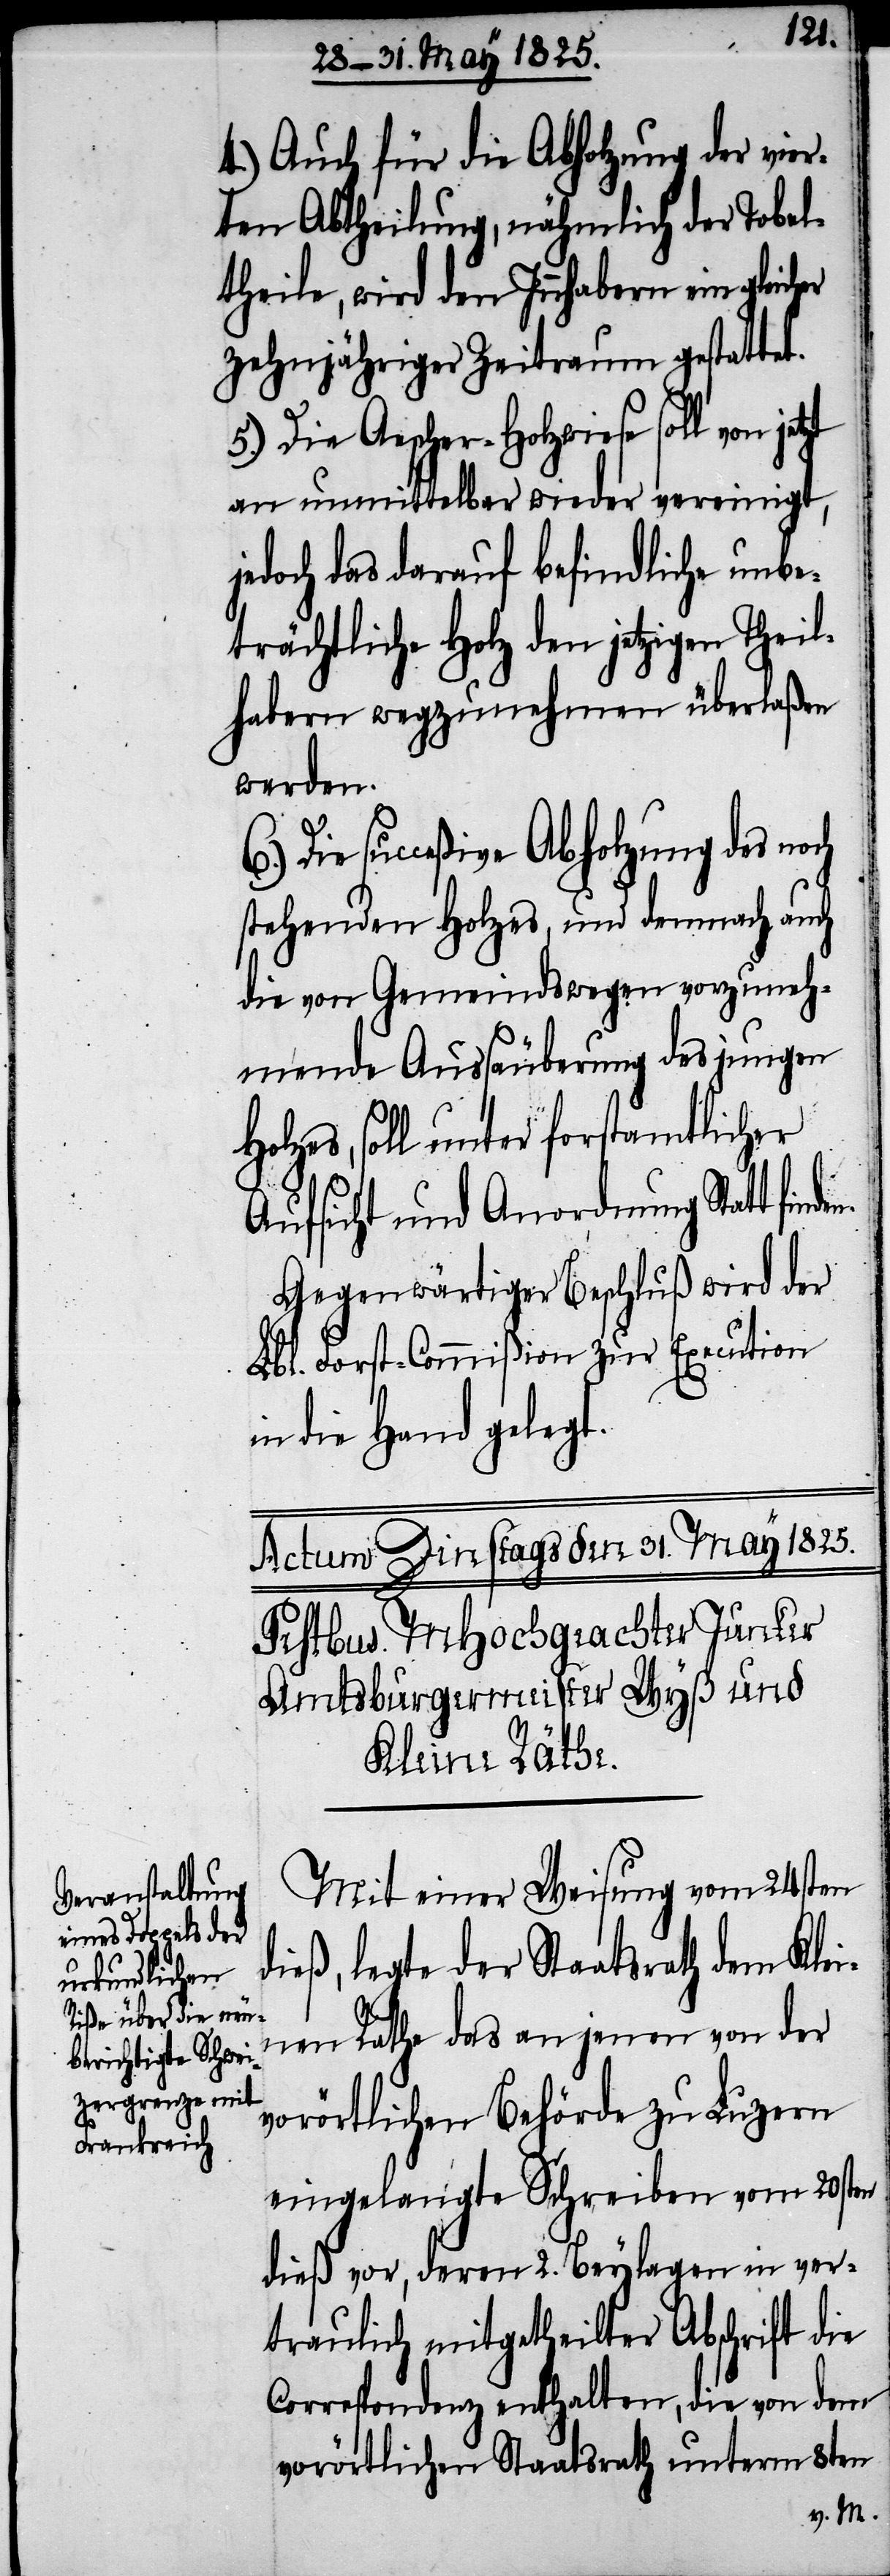
n.
4.) Auch für die Abholzung der vier¬
ten Abtheilung, nähmlich der Tobel¬
theile, wird den Inhabern ein
zehnjähriger Zeitraum gestattet.
5.) Die Aescher-Holzwiese soll von
an unmittelbar wieder vereinigt,
jedoch das darauf befindliche unbe¬
trächtliche Holz den jetzigen Theil¬
habern wegzunehmen überlaßen
werden.
Die succeßive Abholzung des noch
stehenden Holzes, und demnach auch
die von Gemeindswegen vorzuneh¬
mende Aussäuberung des jungen
Holzes, soll unter forstamtlicher
Aufsicht und Anordnung Statt finde¬
Gegenwärtiger Beschluß wird der
Lbl. Forst-Commißion zur Execution
in die Hand gelegt.
Mit einer Weisung vom 24sten
dieß, legte der Staatsrath dem Klei¬
nen Rathe das an jenen von der
vorörtlichen Behörde zu Luzern
eingelangte Schreiben vom 20sten
dieß vor, deren 2. Beylagen in ver¬
traulich mitgetheilter Abschrift die
Correspondenz enthalten, die von dem
vorörtlichen Staatsrath unterm 8ten